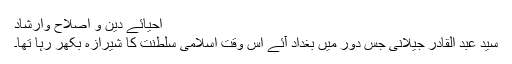
احیائے دین و اصلاح وارشاد
سید عبد القادر جیلانیؒ جس دَور میں بغداد آئے اس وقت اسلامی سلطنت کا شیرازہ بکھر رہا تھا۔